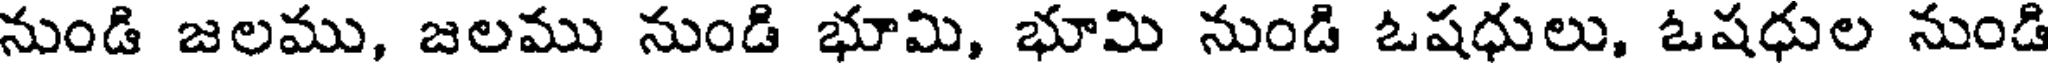
నుండి జలము, జలము నుండి భూమి, భూమి నుండి ఓషధులు, ఓషధుల నుండి